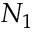
N _ { 1 }